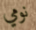
نومي